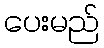
ပေးမည်